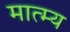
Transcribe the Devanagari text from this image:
मात्म्य